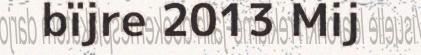
bïjre 2013 Mij